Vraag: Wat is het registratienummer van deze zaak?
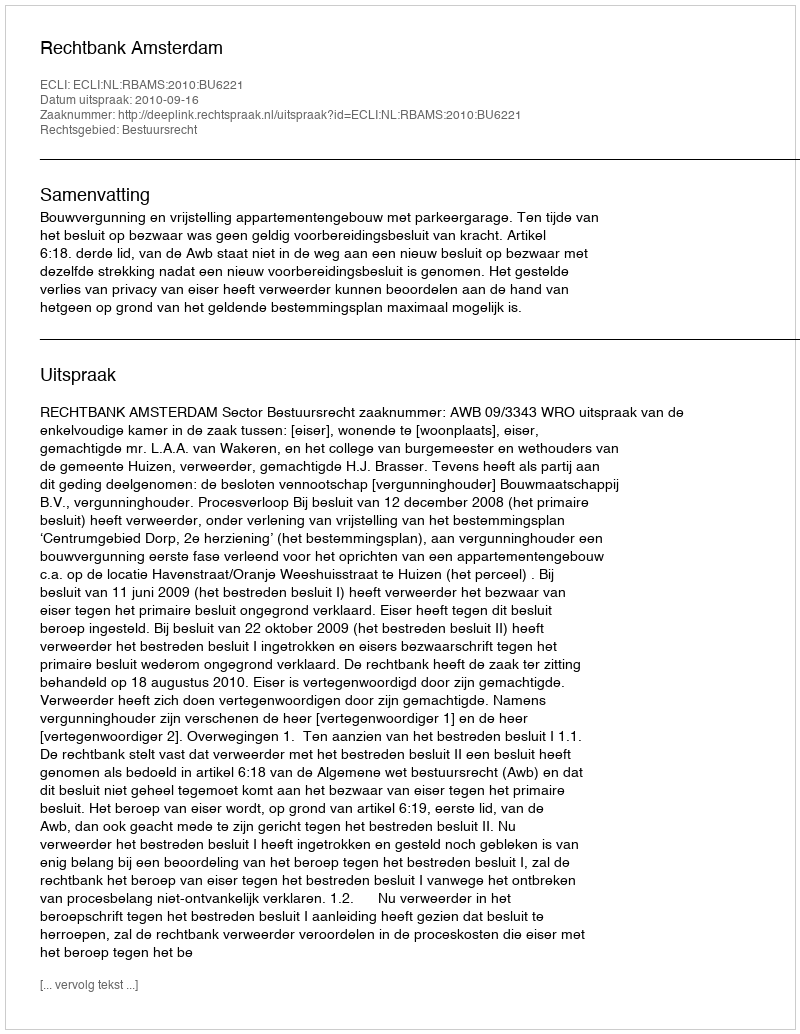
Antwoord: http://deeplink.rechtspraak.nl/uitspraak?id=ECLI:NL:RBAMS:2010:BU6221